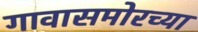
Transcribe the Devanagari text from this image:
गावासमोरच्या